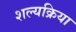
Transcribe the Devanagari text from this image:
शल्‍यक्रिया